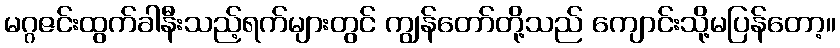
မဂ္ဂဇင်းထွက်ခါနီးသည့်ရက်များတွင် ကျွန်တော်တို့သည် ကျောင်းသို့မပြန်တော့။